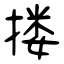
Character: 搂